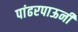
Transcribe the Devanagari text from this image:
पांढरपाऊनी